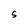
Character: S